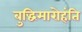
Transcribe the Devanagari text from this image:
बुद्धिमारोहंति